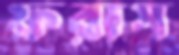
ফরাস